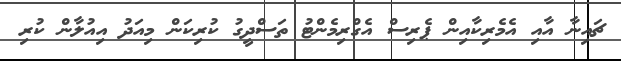
ޗައިނާ އާއި އެމެރިކާއިން ޕެރިސް އެގްރިމެންޓު ތަސްދީގު ކުރިކަން މިއަދު އިއުލާން ކުރި